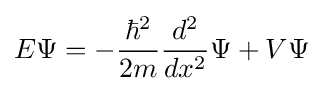
E\Psi =-{\frac {\hbar ^{2}}{2m}}{\frac {d^{2}}{dx^{2}}}\Psi +V\Psi